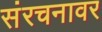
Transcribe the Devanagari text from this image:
संरचनावर